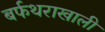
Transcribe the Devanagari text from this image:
बर्फथराखाली